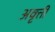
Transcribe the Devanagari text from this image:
अवृत्ती